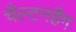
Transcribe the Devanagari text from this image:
चैल्टनहैग